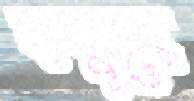
হলুদে